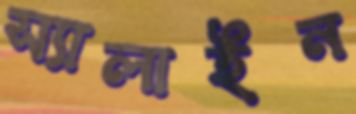
স্যালাইন